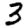
Digit: 3